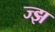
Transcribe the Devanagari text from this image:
ज्झ